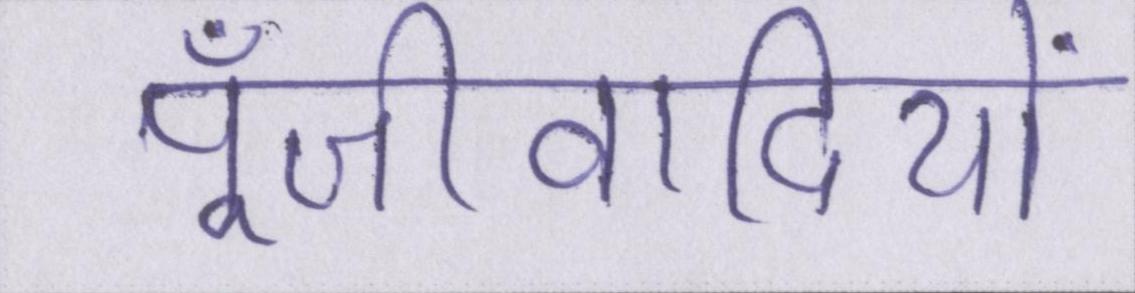
पूँजीवादियों